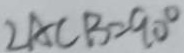
\angle A C B = 9 0 ^ { \circ }